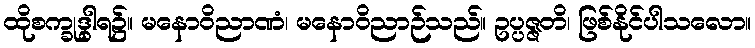
ထိုစက္ခုဒွါရ၌။ မနောဝိညာဏံ၊ မနောဝိညာဉ်သည်။ ဥပ္ပဇ္ဇတိ၊ ဖြစ်နိုင်ပါသလော။